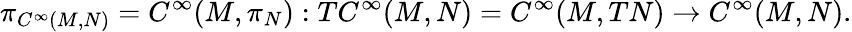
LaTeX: \pi_{C^{\infty}(M,N)}=C^{\infty}(M,\pi_{N}):TC^{\infty}(M,N)=C^{\infty}(M,TN)\to C^{\infty}(M,N).